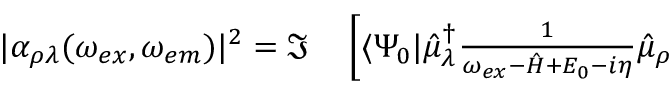
\begin{array} { r l } { | \alpha _ { \rho \lambda } ( \omega _ { e x } , \omega _ { e m } ) | ^ { 2 } = \Im } & { { } \left[ \langle \Psi _ { 0 } | \hat { \mu } _ { \lambda } ^ { \dagger } \frac { 1 } { \omega _ { e x } - \hat { H } + E _ { 0 } - i \eta } \hat { \mu } _ { \rho } \right. } \end{array}